Vaccination in the Punjab 1919-1929 - 1919-1929
Year: 1919
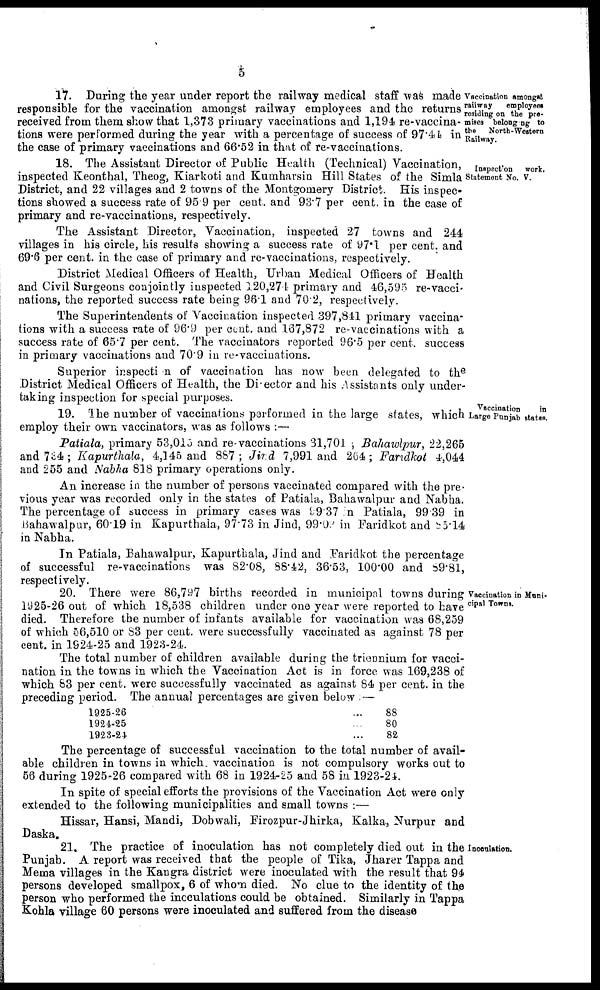
5
Vaccination amongst
railway
employees
residing on the pre-
mises belonging to
the
North- Western
Railway.
17. During the year under report the railway medical staff was made
responsible for the vaccination amongst railway employees and the returns
received from them show that 1,373 primary vaccinations and 1,194 re-vaccina-
tions were performed during the year with a percentage of success of 97.44 in
the case of primary vaccinations and 66.52 in that of re-vaccinations.
Inspection
work.
Statement No. V.
18. The Assistant Director of Public Health (Technical) Vaccination,
inspected Keonthal, Theog, Kiarkoti and Kumharsin Hill States of the Simla
District, and 22 villages and 2 towns of the Montgomery District. His inspec-
tions showed a success rate of 95.9 per cent. and 93.7 per cent. in the case of
primary and re-vaccinations, respectively.
The Assistant Director, Vaccination, inspected 27 towns and 244
villages in his circle, his results showing a success rate of 97.1 per cent. and
69.6 per cent. in the case of primary and re-vaccinations, respectively.
District Medical Officers of Health, Urban Medical Officers of Health
and Civil Surgeons conjointly inspected 120,274 primary and 46,595 re-vacci-
nations, the reported success rate being 96.1 and 70.2, respectively.
The Superintendents of Vaccination inspected 397,841 primary vaccina-
tions with a success rate of 96.9 per cent. and 167,872 re-vaccinations with a
success rate of 65.7 per cent. The vaccinators reported 96.5 per cent. success
in primary vaccinations and 70.9 in re-vaccinations.
Superior inspection of vaccination has now been delegated to the
District Medical Officers of Health, the Diector and his Assistants only under-
taking inspection for special purposes.
Vaccination
in
Large Punjab states.
19. The number of vaccinations performed in the large states, which
employ their own vaccinators, was as follows :—
Patiala, primary 53,015 and re-vaccinations 31,701 Bahawlpur, 22,265
and 734 ; Kapurthala, 4,145 and 887 ; Jind 7,991 and 264; Faridkot 4,044
and 255 and Nabha 818 primary operations only.
An increase in the number of persons vaccinated compared with the pre-
vious year was recorded only in the states of Patiala, Bahawalpur and Nabha.
The percentage of success in primary cases was 99.37 n Patiala, 99.39 in
Bahawalpur, 60.19 in Kapurthaia, 97.73 in Jind, 99.03 in Faridkot and 85.14
in Nabha.
In Patiala, Bahawalpur, Kapurthala, Jind and Faridkot the percentage
of successful re-vaccinations was 82.08, 88.42, 36.53, 100.00 and 89.81,
respectively.
Vaccination in Muni-
cipal Towns.
20. There were 86,797 births recorded in municipal towns during
1925-26 out of which 18,538 children under one year were reported to have
died. Therefore the number of infants available for vaccination was 68,259
of which 56,510 or 83 per cent. were successfully vaccinated as against 78 per
cent. in 1924-25 and 1923-24.
The total number of children available during the triennium for vacci-
nation in the towns in which the Vaccination Act is in force was 169,238 of
which 83 per cent. were successfully vaccinated as against 84 per cent. in the
preceding period. The annual percentages are given below : —
1925-26
1924-25
1928-24
... 88
... 80
... 82
The percentage of successful vaccination to the total number of avail-
able children in towns in which vaccination is not compulsory works out to
56 during 1925-26 compared with 68 in 1924-25 and 58 in 1923-24.
In spite of special efforts the provisions of the Vaccination Act were only
extended to the following municipalities and small towns :—
Hissar, Hansi, Mandi, Dobwali, Firozpur-Jhirka, Kalka, Nurpur and
Daska.
Inoculation.
21. The practice of inoculation has not completely died out in the
Punjab. A report was received that the people of Tika, Jharer Tappa and
Mema villages in the Kangra district were inoculated with the result that 94
persons developed smallpox, 6 of whom died. No clue to the identity of the
person who performed the incculations could be obtained. Similarly in Tappa
Kohla village 60 persons were inoculated and suffered from the disease